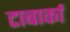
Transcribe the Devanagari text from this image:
टाबार्का